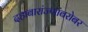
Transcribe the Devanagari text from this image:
दहाबारांज्णांबरोबर